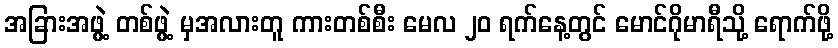
အခြားအဖွဲ့ တစ်ဖွဲ့ မှအလားတူ ကားတစ်စီး မေလ ၂၀ ရက်နေ့တွင် မောင်ဂိုမာရီသို့ ရောက်ဖို့